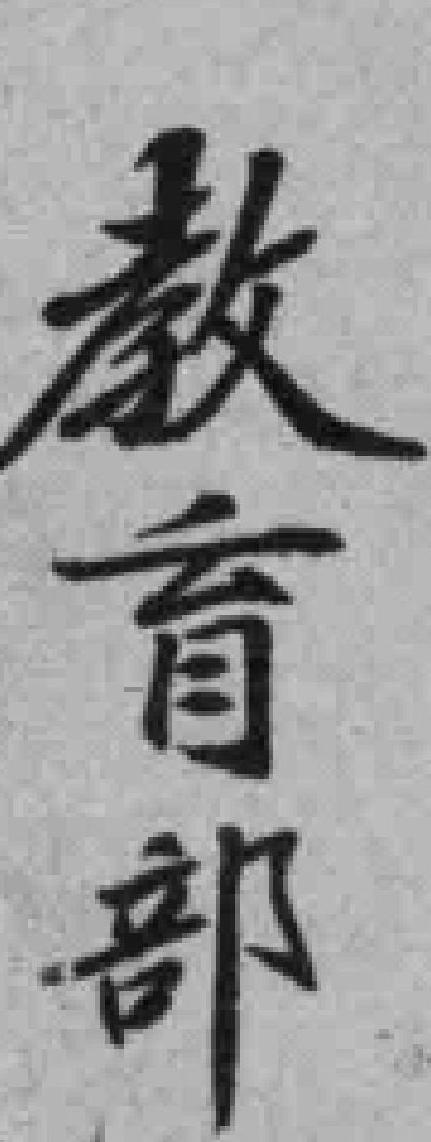
教育部